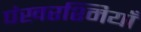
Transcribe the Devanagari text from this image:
पंखरश्मियाँ